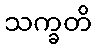
သက္ခတိ